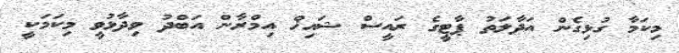
މިކަމާ ގުޅިގެން އަދާލަތު ޕާޓީގެ ރައީސް ޝައިޚް އިމްރާން އަބްދު ވިދާޅުވީ މިކަމަކީ